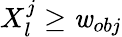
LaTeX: X_{l}^{j}\ge\mathit{w}_{obj}